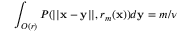
\int _ { O ( r ) } P ( | | \mathbf x - \mathbf y | | , r _ { m } ( \mathbf x ) ) d \mathbf y = m / \nu